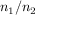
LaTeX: n _ { 1 } / n _ { 2 \, }